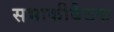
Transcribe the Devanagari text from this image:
सभाकीबैठक